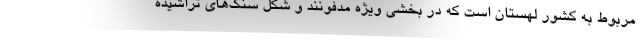
مربوط به کشور لهستان است که در بخشی ویژه مدفونند و شکل سنگ‌های تراشیده